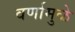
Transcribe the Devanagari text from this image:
वर्णामुळे